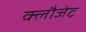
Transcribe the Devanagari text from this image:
क्लौजेट